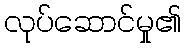
လုပ်ဆောင်မှု၏